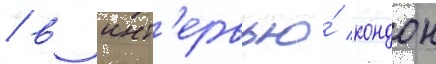
/ в инт'ервью́ кондон